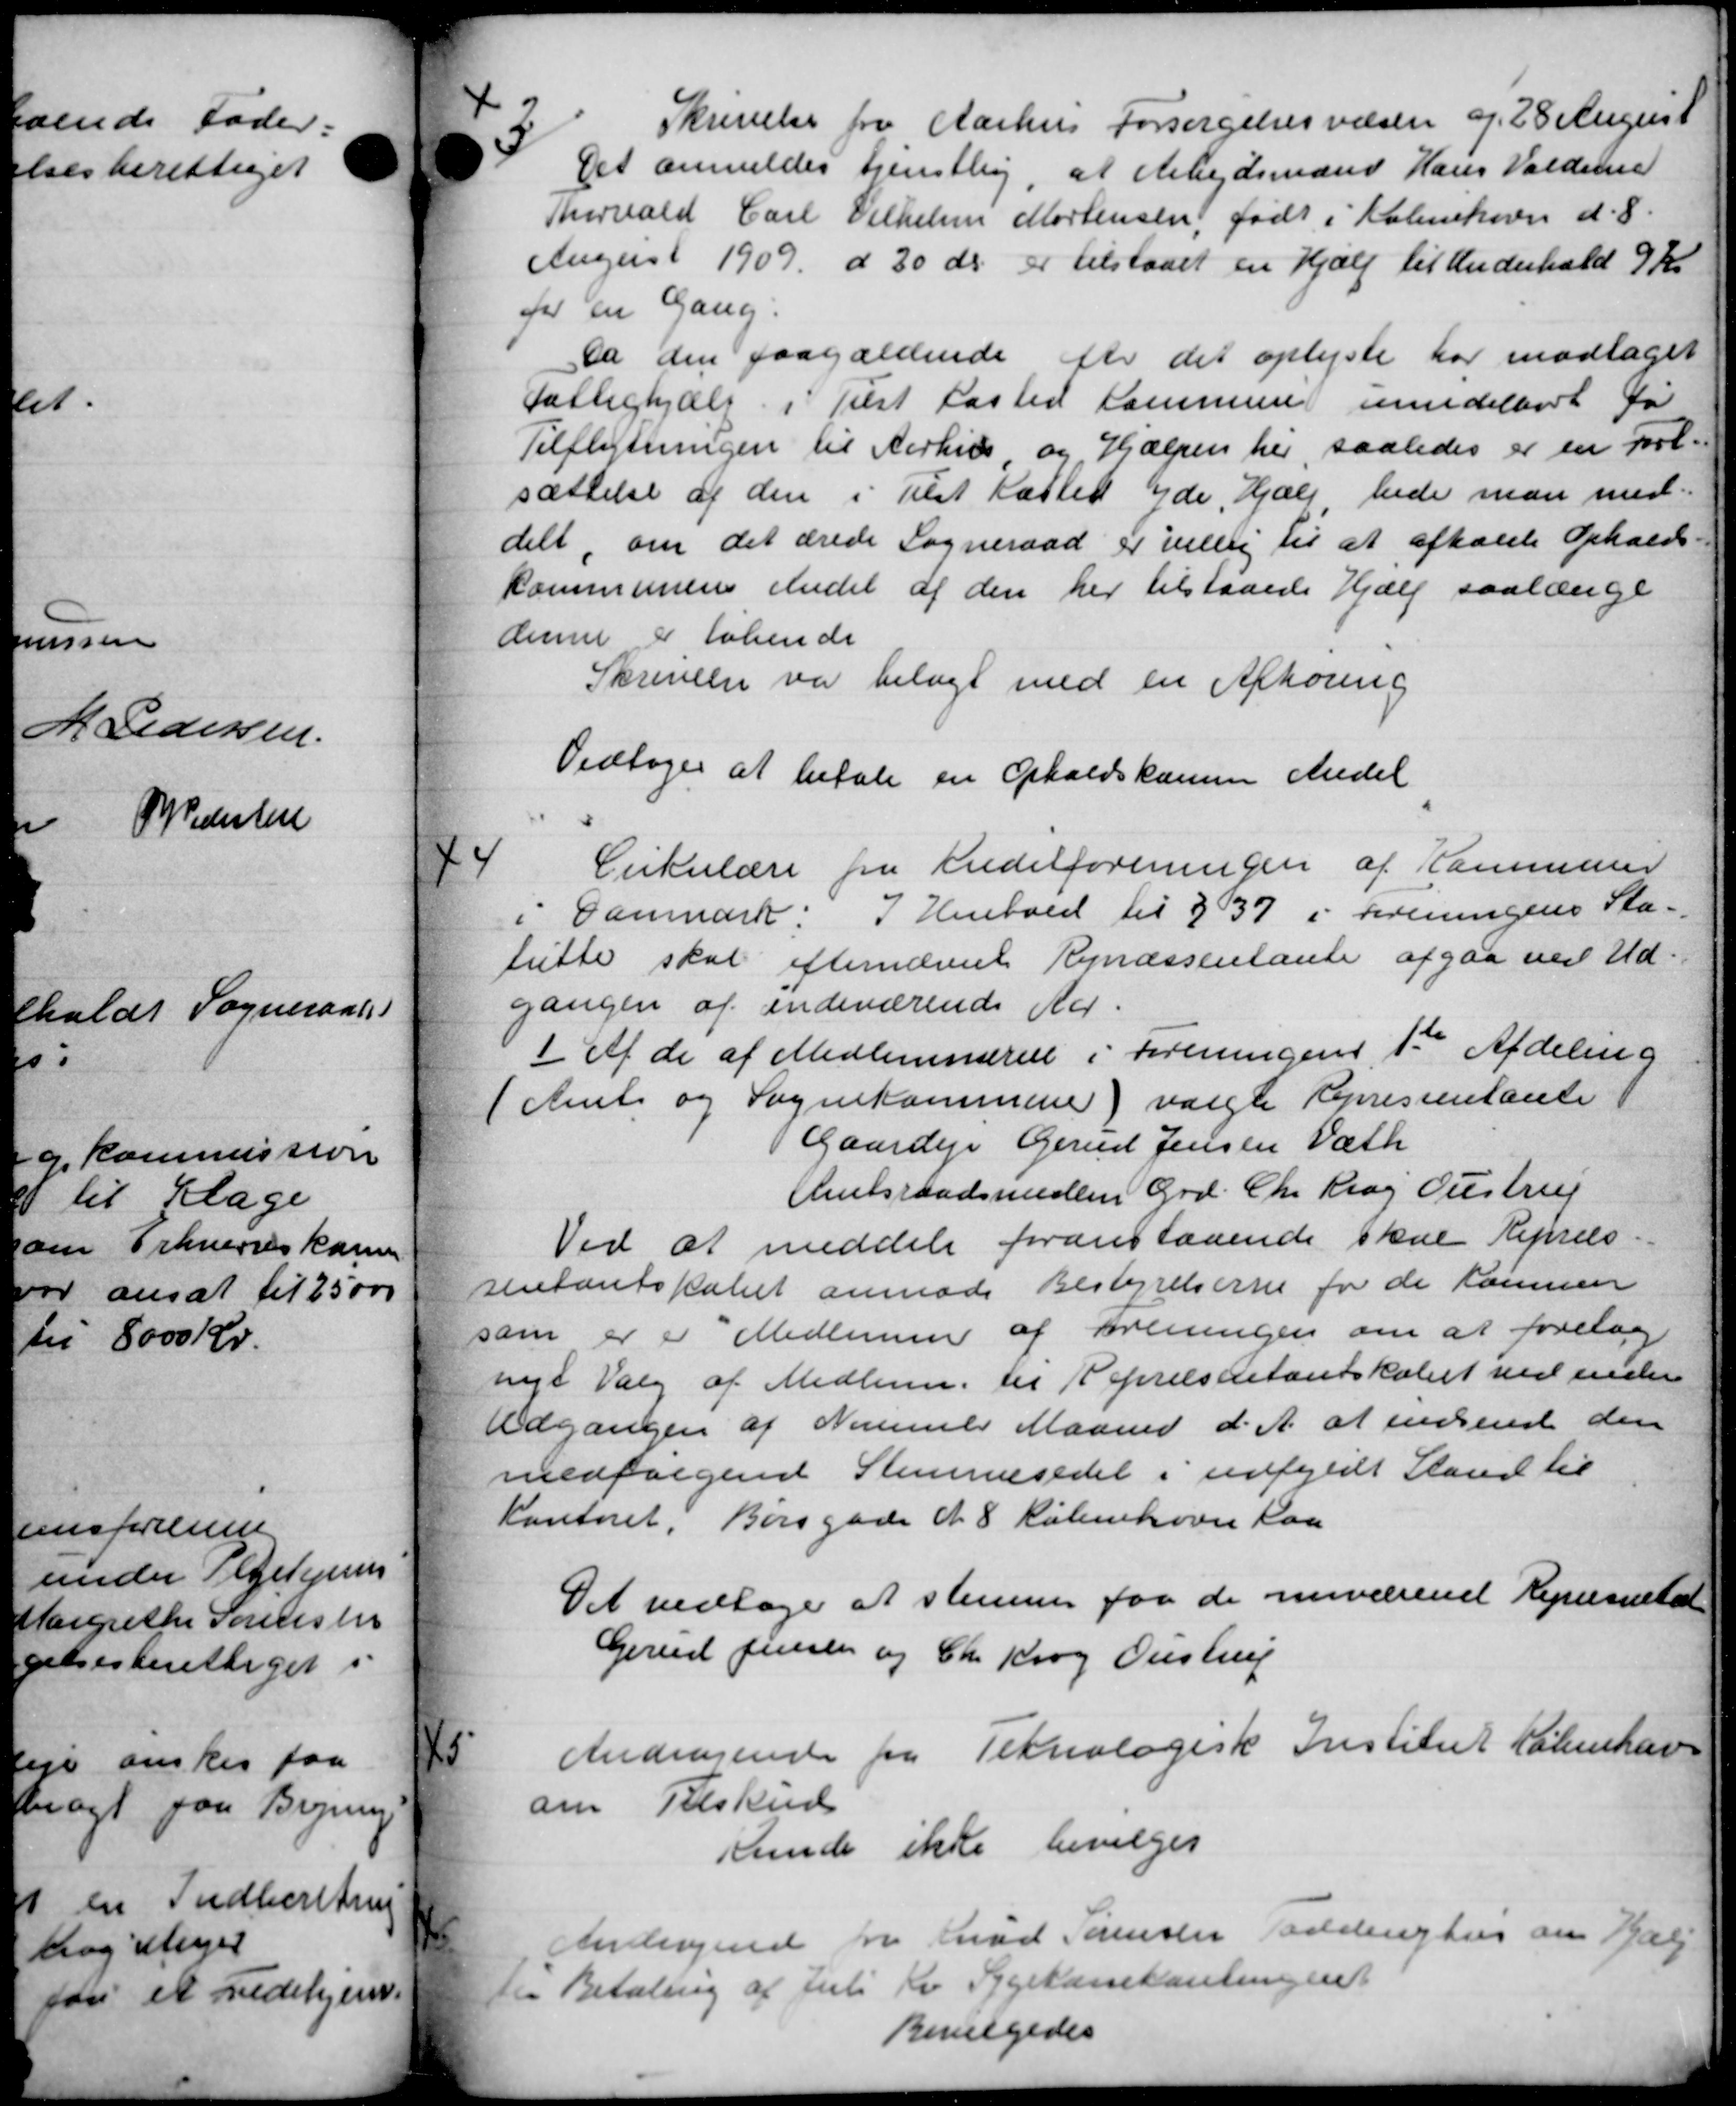
Transskription:
3
Skrivelse fra Aarhus Forsørgelsesvæsen af 28 August
Det anmeldes tjenstling, at Arbejdsmænd Hans Valdeme
Thorvald Carl Vilhelm Mortensen, født i København d. 8.
August 1909 d 30 ds. er tilstaaet en Hjælp til Underhold 9 Kr
for en Gang.
Da den paagjældende efter det oplyste har modtaget
fattighjælp i Tilst Kasted Kommune mindelbert fø
Tilflytningen til Aarhus og Hjælpen her, saaledes er en fort-
sættelse af den i Tilst Kastet yde Hjælp hede man med
delt, om det ærede Sogneraad er villig til at afholde Opholds-
kommunens endel af den her tilstaaede Hjælp saalænge
denne i løbende
Skrivelse var bilagt med en Afhøring
Vedtoges at betale en Opholdskomme Andel

Cirkulære fra Kreditforeningen af Kommuner
i Danmark. I Henhold til §37 i Foreningens Sta-
lutte skal efternævnte Repræsentante afgaa ved Ud
gangen af indeværende Aar.
1 Af de af Medlemmerne i Foreningens 1ste Afdeling
1
1 Amts og Sognekommune) valgte Repressentante
Gaardejer Gerud Jensen Værk
Amtsraadsmedlem Grd. Chr. Krag Justrup
Ved at meddele foranstaaende skal Repræs
sentantskabet anmode Bestyrelserne for de kommen
som er er Medlemmer af foreningen om at foretag
nyt Valg af Medlem til Repræsentantskabet ved under
Udgangen af Nimmer Maaned d. A. at indsendt den
medfølgende Stemmesedet i udfyldt Stand til
Kontoret, Borsgade d. 8 København paa
Det vedtoges at stemmer paa de nuværende Repræsnitat
Gerud Jensen og Chr. Krog Oustrup

Andragende fra Teknologisk Institut København
om Tilskud
Kunde ikke bevilges

Antsaged fra Knud Sørenseer Tanderghus om Hjælp
til Betaling af Juli Kv. Sygekassekontingent
Bevilgedes